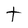
Character: t